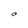
Character: O